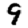
Digit: 9